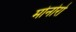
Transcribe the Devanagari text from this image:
मोनोरो